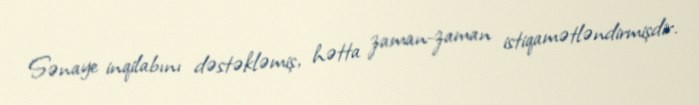
Sənaye inqilabını dəstəkləmiş, hətta zaman-zaman istiqamətləndirmişdir.